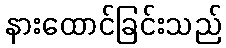
နားထောင်ခြင်းသည်